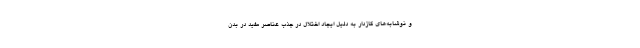
و نوشابه‌های گازدار به دلیل ایجاد اختلال در جذب عناصر مفید در بدن